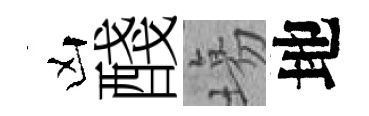
凶醆塲地